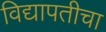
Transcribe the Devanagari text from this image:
विद्यापतीचा